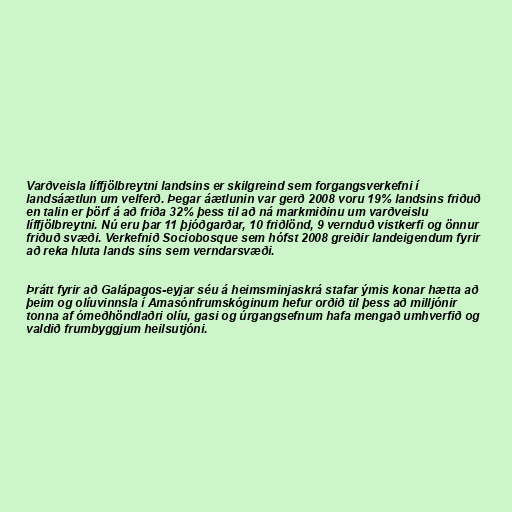
Varðveisla líffjölbreytni landsins er skilgreind sem forgangsverkefni í
landsáætlun um velferð. Þegar áætlunin var gerð 2008 voru 19% landsins friðuð
en talin er þörf á að friða 32% þess til að ná markmiðinu um varðveislu
líffjölbreytni. Nú eru þar 11 þjóðgarðar, 10 friðlönd, 9 vernduð vistkerfi og önnur
friðuð svæði. Verkefnið Sociobosque sem hófst 2008 greiðir landeigendum fyrir
að reka hluta lands síns sem verndarsvæði.

Þrátt fyrir að Galápagos-eyjar séu á heimsminjaskrá stafar ýmis konar hætta að
þeim og olíuvinnsla í Amasónfrumskóginum hefur orðið til þess að milljónir
tonna af ómeðhöndlaðri olíu, gasi og úrgangsefnum hafa mengað umhverfið og
valdið frumbyggjum heilsutjóni.